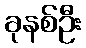
ခုနစ်ဦး